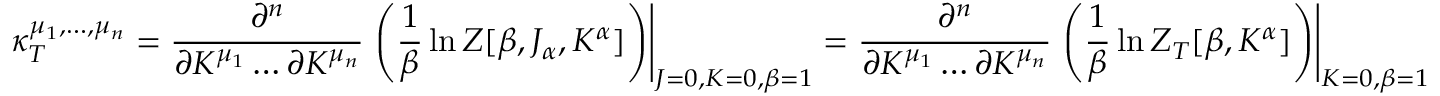
\kappa _ { T } ^ { \mu _ { 1 } , \hdots , \mu _ { n } } = \frac { \partial ^ { n } } { \partial K ^ { \mu _ { 1 } } \hdots \partial K ^ { \mu _ { n } } } \left. \left( \frac { 1 } { \beta } \ln Z [ \beta , J _ { \alpha } , K ^ { \alpha } ] \right) \right| _ { J = 0 , K = 0 , \beta = 1 } = \frac { \partial ^ { n } } { \partial K ^ { \mu _ { 1 } } \hdots \partial K ^ { \mu _ { n } } } \left. \left( \frac { 1 } { \beta } \ln Z _ { T } [ \beta , K ^ { \alpha } ] \right) \right| _ { K = 0 , \beta = 1 }